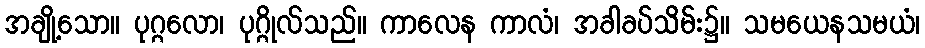
အချို့သော။ ပုဂ္ဂလော၊ ပုဂ္ဂိုလ်သည်။ ကာလေန ကာလံ၊ အခါခပ်သိမ်း၌။ သမယေနသမယံ၊